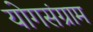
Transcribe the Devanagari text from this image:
योगसंग्राम